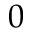
0